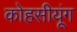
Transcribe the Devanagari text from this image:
कोहसीयूंग